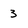
Character: 3